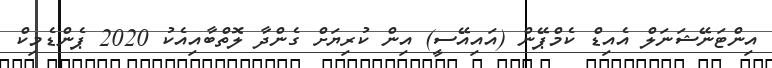
އިންޓަނޭޝަނަލް އެއިޑް ކެމްޕޭން (އައިއޭސީ) އިން ކުރިޔަށް ގެންދާ ލޮތްބާއިއެކު 2020 ޕެންޑެމިކް